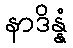
နာဒိန္နံ